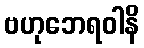
ဗဟုဘေရဝါနိ